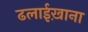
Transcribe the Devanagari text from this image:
ढलाईख़ाना